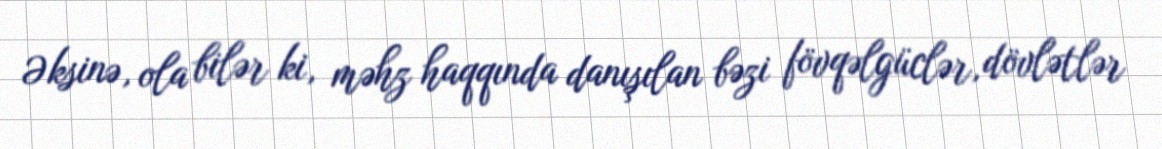
Əksinə, ola bilər ki, məhz haqqında danışılan bəzi fövqəlgüclər, dövlətlər